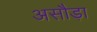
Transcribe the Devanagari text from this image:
असौड़ा